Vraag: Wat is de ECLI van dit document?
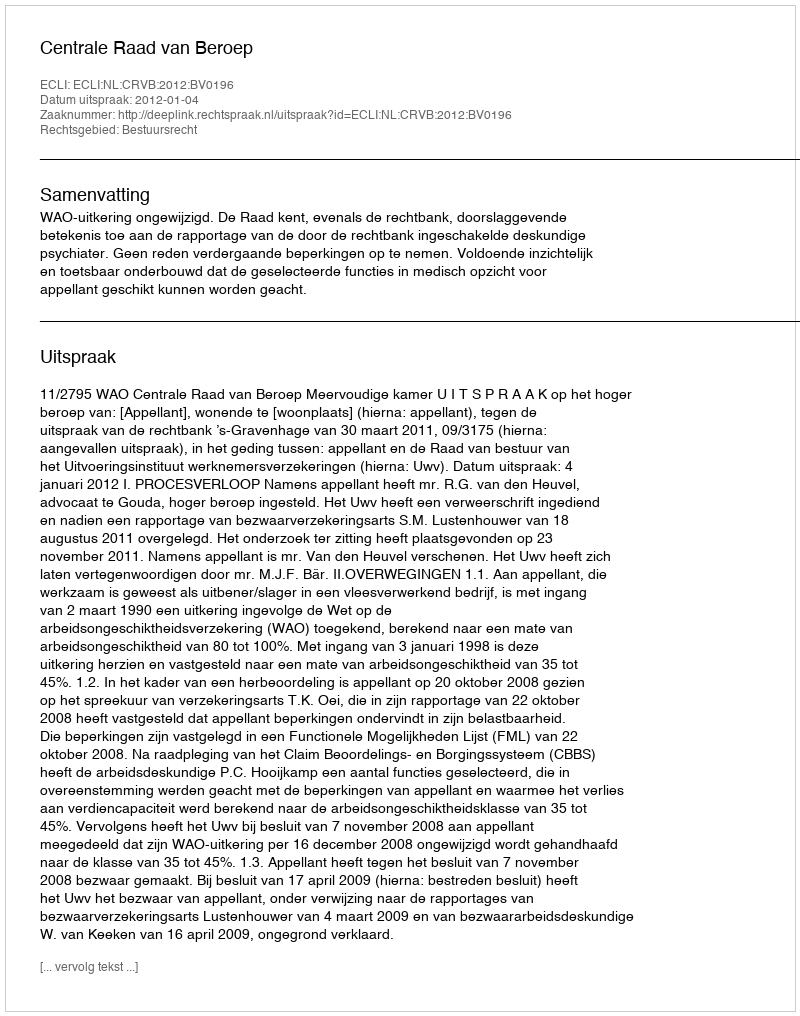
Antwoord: ECLI:NL:CRVB:2012:BV0196